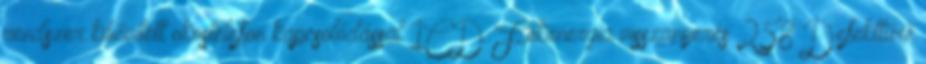
rendszer kibővített okostelefon kapcsolódással 1CD Fékenergia visszanyerés 258 Defekttűrő